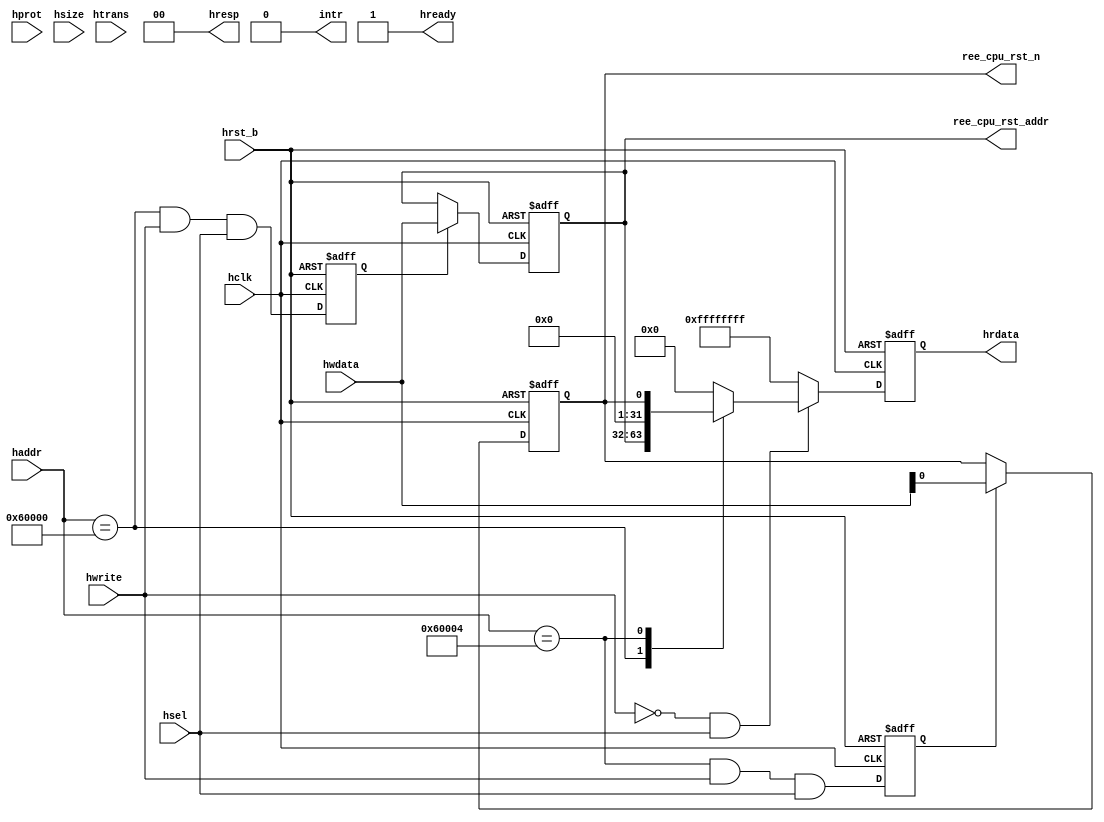
// memory map : 0x2000_0000~0x2000_FFFF
`define SET_ADDR        32'h0006_0000
`define SET_RST_ADDR    32'h0006_0004

module Start_REE_CPU(  
    haddr,
    hclk,
    hprot,
    hrdata,
    hready,
    hresp,
    hrst_b,
    hsel,
    hsize,
    htrans,
    hwdata,
    hwrite,
    intr,

    ree_cpu_rst_addr,
    ree_cpu_rst_n
); 
 
    input   [31:0]  haddr;
    input           hclk;
    output          hready;
    input           hrst_b;
    input           hsel;
    input   [31:0]  hwdata;
    input           hwrite;
    output  [31:0]  hrdata;
    output          intr;
    output  [1 :0]  hresp;
    input   [3 :0]  hprot; 
    input   [2 :0]  hsize;
    input   [1 :0]  htrans;

    output  [31:0]  ree_cpu_rst_addr;
    output          ree_cpu_rst_n; 

    wire    [31:0]  haddr;
    wire            hclk;
    wire            hready;
    wire            hrst_b;
    wire            hsel;
    wire    [31:0]  hwdata;
    wire            hwrite;
    wire    [31:0]  hrdata;
    wire            intr;
    wire    [1 :0]  hresp;
    wire    [3 :0]  hprot; 
    wire    [2 :0]  hsize;
    wire    [1 :0]  htrans;

    wire    [31:0]  ree_cpu_rst_addr;
    wire            ree_cpu_rst_n; 

    wire            ree_cpu_rst_addr_set_en;
    wire            ree_cpu_rst_n_set_en;
    reg             ree_cpu_rst_addr_set_en_reg;
    reg             ree_cpu_rst_n_set_en_reg;
    reg     [31:0]  ree_addr;
    reg             ree_rst_n;


    assign  ree_cpu_rst_addr_set_en = (haddr == `SET_ADDR) & hwrite & hsel;
    assign  ree_cpu_rst_n_set_en = (haddr == `SET_RST_ADDR) & hwrite & hsel;

    always@(posedge hclk or negedge hrst_b)begin
        if(!hrst_b)begin
            ree_cpu_rst_addr_set_en_reg <= 0;
        end
        else begin
            ree_cpu_rst_addr_set_en_reg <= ree_cpu_rst_addr_set_en;
        end
    end

    always@(posedge hclk or negedge hrst_b)begin
        if(!hrst_b)begin
            ree_addr <= 32'h1007FFFF;
        end
        else if(ree_cpu_rst_addr_set_en_reg)begin
            ree_addr <= hwdata;
        end
    end

    always@(posedge hclk or negedge hrst_b)begin
        if(!hrst_b)begin
            ree_cpu_rst_n_set_en_reg <= 0;
        end
        else begin
            ree_cpu_rst_n_set_en_reg <= ree_cpu_rst_n_set_en;
        end
    end

    always@(posedge hclk or negedge hrst_b)begin
        if(!hrst_b)begin
            ree_rst_n <= 0;
        end
        else if(ree_cpu_rst_n_set_en_reg)begin
            ree_rst_n <= hwdata[0];
        end
    end

    reg [31:0] ihrdata;
    always @(posedge hclk or negedge hrst_b)
    begin
    if(!hrst_b)
        ihrdata[31:0] <= {32{1'b0}};
    else
        if((hwrite == 1'b0) && (hsel == 1'b1))
        case(haddr)
            `SET_ADDR:ihrdata <= ree_addr;
            `SET_RST_ADDR:ihrdata <= {31'b0,ree_rst_n};
        
            default:ihrdata <= {32{1'b0}};
        endcase
        else
            ihrdata <= {32{1'b1}};
    end

    assign hrdata[31:0]     = ihrdata;
    assign hready           = 1;
    assign hresp            = 2'b00;
    assign ree_cpu_rst_addr = ree_addr;
    assign ree_cpu_rst_n    = ree_rst_n;
    assign intr             = 1'b0;

endmodule